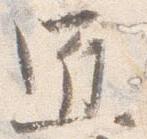
匠